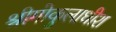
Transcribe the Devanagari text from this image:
श्रीगोकुलाधीश